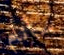
سأنام